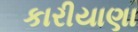
કારીયાણા